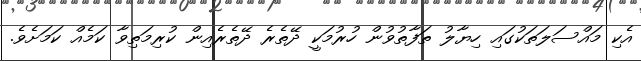
އެކި މައްސަލަތަކުގައި ހިޔާލު ތަފާތުވުން ހުރުމަކީ ދޭތެރެ ދޭތެރެއިން ކުރިމަތިވާ ކަމެއް ކަމަށެވެ.